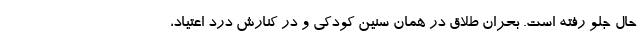
حال جلو رفته است. بحران طلاق در همان سنین کودکی و در کنارش درد اعتیاد،